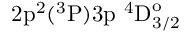
\mathrm { 2 p ^ { 2 } ( ^ { 3 } P ) 3 p ~ ^ { 4 } D _ { 3 / 2 } ^ { o } }